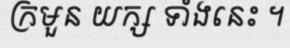
ក្រមួន យក្ស ទាំងនេះ ។